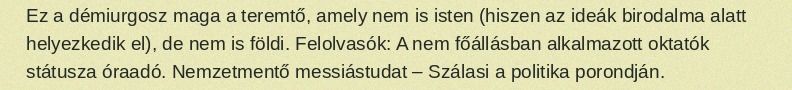
Ez a démiurgosz maga a teremtő, amely nem is isten (hiszen az ideák birodalma alatt helyezkedik el), de nem is földi. Felolvasók: A nem főállásban alkalmazott oktatók státusza óraadó. Nemzetmentő messiástudat – Szálasi a politika porondján.